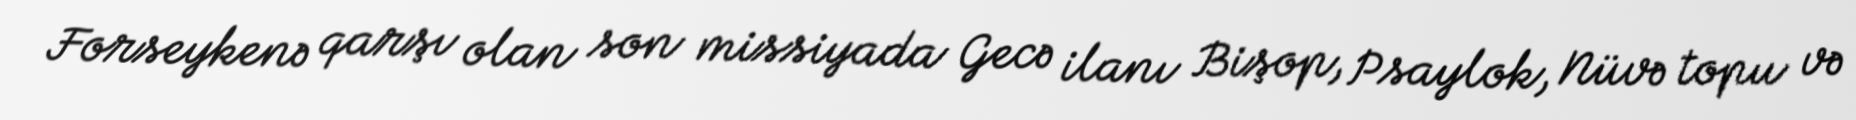
Forseykenə qarşı olan son missiyada Gecə ilanı Bişop, Psaylok, Nüvə topu və